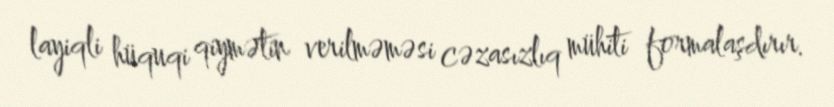
layiqli hüquqi qiymətin verilməməsi cəzasızlıq mühiti formalaşdırır.